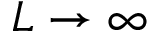
L \rightarrow \infty